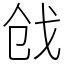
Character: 戗